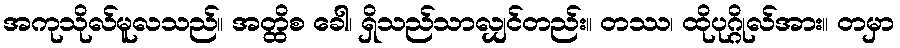
အကုသိုလ်မူလသည်။ အတ္ထိစ ခေါ၊ ရှိသည်သာလျှင်တည်း။ တဿ၊ ထိုပုဂ္ဂိုလ်အား။ တမှာ